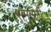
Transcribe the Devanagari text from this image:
समुएली